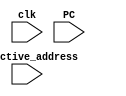
module level_2_predictor(clk,PC,effective_address);

input clk;                      //Clock signal
input [4:0] PC;                 //PC given by the processor
input [4:0] effective_address;  //Calculated effective address to check whether the predicted outcome is correct or not

parameter SNT=0;                
parameter WNT=1;
parameter WT=2;
parameter ST=3;

reg History_bit;               //1 bit History table
reg [1:0] counter0;            //1st predictor--- a 2 bit counter
reg [1:0] counter1;            //2nd predictor--- a 2 bit counter
reg [2:0] BTB_tag [0:3];       //Tags stored in Branch History Buffer
reg [4:0] BTB_addr [0:3];      //Target Address stored in Branch History Buffer
//reg [1:0] Global_BHR;
 
reg [1:0] index;               //to index into the BTB and BHT--- some bits of PC provides the index
reg [2:0] tag;                 //Apart from the index, the rest of the bits of the PC is the tag
reg hit;                       //If tag matches with that of the BTB
reg [4:0] right;               //Counter to count the no. of times the predictions made are correct

reg [4:0] predicted_next_PC;   //next PC predicted by the Branch predictor
//reg [4:0] actual_next_PC;


initial
begin
    counter0=SNT; counter1=SNT; History_bit=0; right=0;
    BTB_addr[0]=5'b01001; BTB_tag[0]=3'b011;             //initially some values are stored in the BTB
end

always@(posedge clk && PC)
begin
    index=PC[1:0];                                  //get the index from the last 2 bits oF PC
    tag=PC[4:2];                                    //get the tag from the rest of the bits of the PC
    if(BTB_tag[index]==tag)                         
    begin
      hit=1;                                        //if tag is matched, the it's a BTB "hit"
      if(History_bit==0)                            //If Histor_bit=0, choose counter0; otherwise choose counter1
      begin
          if(counter0==SNT)                          //If the predictor is in the SNT state 
          begin
              predicted_next_PC=PC+4;                //prediction--- branch won't be taken
              if(predicted_next_PC==effective_address)   //if prediction is correct
              begin
                counter0<=SNT;                           //remain in SNT state
                right<=right+1;                          //it's a correct prediction
                History_bit<=0;                          //Since, the actual outcome is "Not Taken", History_bit=0
              end  
              else
              begin
                counter0<=WNT;                           //if preiction is wrong, then go to the WNT state
                History_bit<=1;                          //If the actual outcome is "Taken", History_bit=1
              end   
          end
          else if(counter0==WNT)                        //If the predictor is in the WNT state
          begin
              predicted_next_PC=PC+4;                   //prediction--- branch won't be taken
              if(predicted_next_PC==effective_address)  //if prediction is correct
              begin
                counter0<=SNT;                          //go back to the SNT state
                right<=right+1;                         //it's a correct prediction
                 History_bit<=0;                        //Since, the actual outcome is "Not Taken", History_bit=0
              end
              else
              begin
                counter0<=WT;                           //if preiction is wrong, then go to the WT state
                 History_bit<=1;                        //If the actual outcome is "Taken", History_bit=1
              end   
          end
          else if(counter0==WT)                         //If the predictor is in the WT state
          begin
              predicted_next_PC=BTB_addr[index];        //prediction----branch will be taken
              if(predicted_next_PC==effective_address)  //if prediction is correct
              begin
                counter0<=ST;                           //go to ST state
                right<=right+1;                         //it's a correct prediction
                History_bit<=1;                         //Since, the actual outcome is "Taken", History_bit=1
              end
              else
              begin
                counter0<=WNT;                          //if preiction is wrong, then go to the WNT state
                 History_bit<=0;                        //If the actual outcome is "Not Taken", History_bit=0
              end   
          end
          else if(counter0==ST)                         //If the predictor is in the ST state 
          begin
              predicted_next_PC=BTB_addr[index];        //prediction----branch will be taken
              if(predicted_next_PC==effective_address)  //if prediction is correct
              begin
                counter0<=ST;                           //remain in the ST state
                right<=right+1;                         //it's a correct prediction
                History_bit<=1;                         //Since, the actual outcome is "Taken", History_bit=1
              end  
              else
              begin
                counter0<=WT;                           //if preiction is wrong, then go to the WT state
                History_bit<=0;                         //If the actual outcome is "Not Taken", History_bit=0
              end   
          end
      end
      else                       //If History_bit=1, choose counter1 and follow the same logic as that of counter0
      begin
          if(counter1==SNT)
           begin
              predicted_next_PC=PC+4;
              if(predicted_next_PC==effective_address)
              begin
                counter1<=SNT;
                right<=right+1;
                History_bit<=0;
              end  
              else
              begin
                counter1<=WNT; 
                History_bit<=1;
              end   
          end
          else if(counter1==WNT)
          begin
              predicted_next_PC=PC+4;
              if(predicted_next_PC==effective_address)
              begin
                counter1<=SNT;
                right<=right+1;
                History_bit<=0;
              end  
              else
              begin
                counter1<=WT; 
                History_bit<=1;
              end   
          end
          else if(counter1==WT)
          begin
              predicted_next_PC=BTB_addr[index];
              if(predicted_next_PC==effective_address)
              begin
                counter1<=ST;
                right<=right+1;
                History_bit<=1;
              end  
              else
              begin
                counter1<=WNT; 
                History_bit<=0; 
              end  
          end
          else if(counter1==ST)
          begin
              predicted_next_PC=BTB_addr[index];
              if(predicted_next_PC==effective_address)
              begin
                counter1<=ST;
                right<=right+1;
                History_bit<=1;
              end  
              else
              begin
                counter1<=WT;  
                History_bit<=0;
              end  
          end
      end
    end
    else
    begin
      hit=0;                                       //If the tag doesn't match with those present in the BTB
      predicted_next_PC=PC+4;                      //predicted target address = PC+4
        if(predicted_next_PC==effective_address)   //If actual address matches with that of the predicted address
         right<=right+1;                           
      else
      begin                                        //If actual address doesn't match with that of the predicted address
          BTB_tag[index]<=tag;                     //Store the tag from the current PC in the BTB
          BTB_addr[index]<=effective_address;      //Store the actual target address corresponding to the tag 
      end 
    end  
end

endmodule